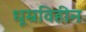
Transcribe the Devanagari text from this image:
धूम्रविहीन